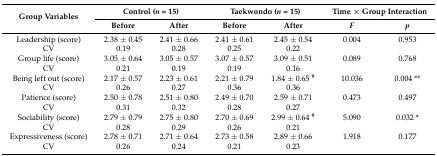
<table><thead><tr><td rowspan="2"><b>Group Variables</b></td><td colspan="2"><b>Control (<i>n</i> = 15)</b></td><td colspan="2"><b>Taekwondo (<i>n</i> = 15)</b></td><td colspan="2"><b>Time × Group Interaction</b></td></tr><tr><td><b>Before</b></td><td><b>After</b></td><td><b>Before</b></td><td><b>After</b></td><td><b><i>F</i></b></td><td><b><i>p</i></b></td></tr></thead><tbody><tr><td>Leadership (score)</td><td>2.38 ± 0.45</td><td>2.41 ± 0.66</td><td>2.41 ± 0.61</td><td>2.45 ± 0.54</td><td>0.004</td><td>0.953</td></tr><tr><td>CV</td><td>0.19</td><td>0.28</td><td>0.25</td><td>0.22</td><td></td><td></td></tr><tr><td>Group life (score)</td><td>3.05 ± 0.64</td><td>3.05 ± 0.57</td><td>3.07 ± 0.57</td><td>3.09 ± 0.51</td><td>0.089</td><td>0.768</td></tr><tr><td>CV</td><td>0.21</td><td>0.19</td><td>0.19</td><td>0.16</td><td></td><td></td></tr><tr><td>Being left out (score)</td><td>2.17 ± 0.57</td><td>2.23 ± 0.61</td><td>2.21 ± 0.79</td><td>1.84 ± 0.65 <sup>#</sup></td><td>10.036</td><td>0.004 **</td></tr><tr><td>CV</td><td>0.26</td><td>0.27</td><td>0.36</td><td>0.36</td><td></td><td></td></tr><tr><td>Patience (score)</td><td>2.50 ± 0.78</td><td>2.51 ± 0.80</td><td>2.49 ± 0.70</td><td>2.59 ± 0.71</td><td>0.473</td><td>0.497</td></tr><tr><td>CV</td><td>0.31</td><td>0.32</td><td>0.28</td><td>0.27</td><td></td><td></td></tr><tr><td>Sociability (score)</td><td>2.79 ± 0.79</td><td>2.75 ± 0.80</td><td>2.70 ± 0.69</td><td>2.99 ± 0.64 <sup>#</sup></td><td>5.090</td><td>0.032 *</td></tr><tr><td>CV</td><td>0.28</td><td>0.29</td><td>0.26</td><td>0.21</td><td></td><td></td></tr><tr><td>Expressiveness (score)</td><td>2.78 ± 0.71</td><td>2.71 ± 0.64</td><td>2.73 ± 0.58</td><td>2.89 ± 0.66</td><td>1.918</td><td>0.177</td></tr><tr><td>CV</td><td>0.26</td><td>0.24</td><td>0.21</td><td>0.23</td><td></td><td></td></tr></tbody></table>